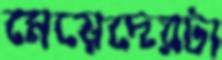
মেয়েদেরটা